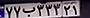
۷۷ب۳۳۳۲۱